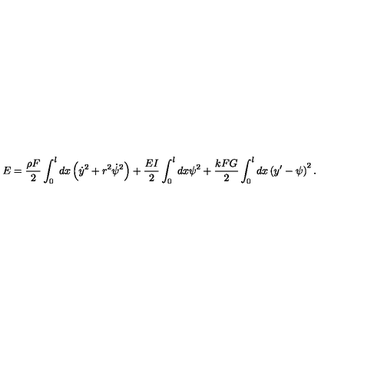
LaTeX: E = \frac { \rho F } { 2 } \int _ { 0 } ^ { l } d x \left( \dot { y } ^ { 2 } + r ^ { 2 } \dot { \psi } ^ { 2 } \right) + \frac { E I } { 2 } \int _ { 0 } ^ { l } d x \psi ^ { 2 } + \frac { k F G } { 2 } \int _ { 0 } ^ { l } d x \left( y ^ { \prime } - \psi \right) ^ { 2 } .